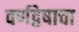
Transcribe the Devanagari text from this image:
वर्णद्वेषाचा